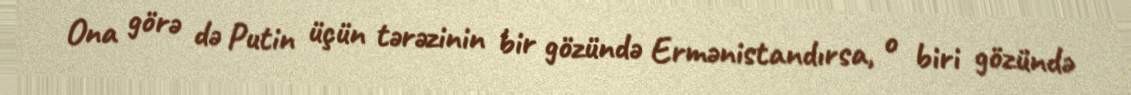
Ona görə də Putin üçün tərəzinin bir gözündə Ermənistandırsa, o biri gözündə